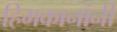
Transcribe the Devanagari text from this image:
हिमकानांनी